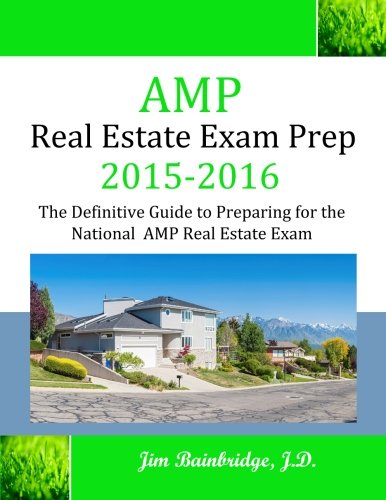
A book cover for AMP Real Estate Exam Prep 2015-2016: The Definitive Guide to Preparing for the National AMP Real Estate Exam; Jim Bainbridge J.D.; Business & Money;